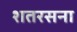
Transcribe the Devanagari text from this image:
शतरसना